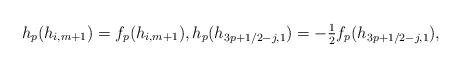
LaTeX: \begin{gather*}h_p(h_{i,m+1})=f_p (h_{i,m+1}),h_{p} (h_{3p+1/2-j,1})=- \tfrac{1}{2} f_p (h_{3p+1/2-j,1}),\end{gather*}